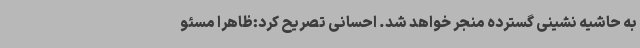
به حاشیه نشینی گسترده منجر خواهد شد. احسانی تصریح کرد:ظاهراً مسئو